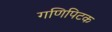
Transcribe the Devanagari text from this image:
गणिपिटक